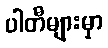
ပါတီများမှာ